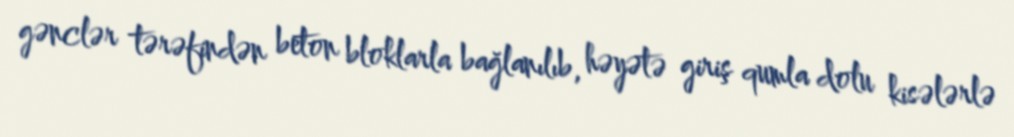
gənclər tərəfindən beton bloklarla bağlanılıb, həyətə giriş qumla dolu kisələrlə